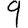
Digit: 9